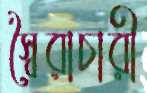
স্বৈরাচারী